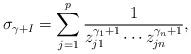
LaTeX: \begin{align*}\sigma_{\gamma+I}=\sum\limits_{j=1}^p \frac{1}{z_{j1}^{\gamma_1+1}\cdots z_{jn}^{\gamma_n+1}},\end{align*}